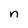
Character: n